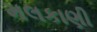
મલકાણી